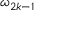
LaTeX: \omega _ { 2 k - 1 }